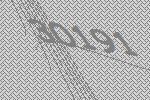
30191